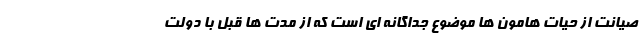
صیانت از حیات هامون ها موضوع جداگانه ای است که از مدت ها قبل با دولت